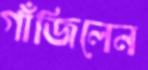
গাঁজিলেন